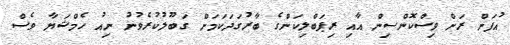
އުފަން ރަށް ވިސްކޮންސިން އާއި ރިޕަބްލިކަންގެ ބާރުގަދަކަމަށް ގަބޫލުކުރެވުނު ނިއު ހެމްޝަޔާ ވެސް